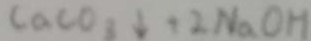
C a C 0 _ { 3 } \downarrow + 2 N a O H